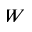
W